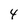
Character: 4